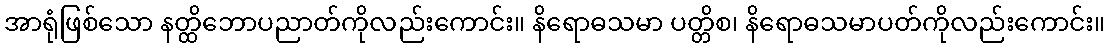
အာရုံဖြစ်သော နတ္ထိဘောပညာတ်ကိုလည်းကောင်း။ နိရောဓသမာ ပတ္တိစ၊ နိရောဓသမာပတ်ကိုလည်းကောင်း။